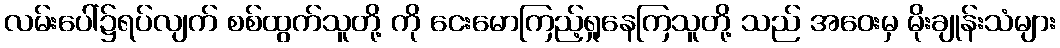
လမ်းပေါ်၌ရပ်လျက် စစ်ထွက်သူတို့ ကို ငေးမောကြည့်ရှုနေကြသူတို့ သည် အဝေးမှ မိုးချုန်းသံများ